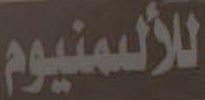
للألمنيوم